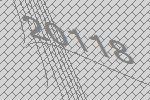
20118